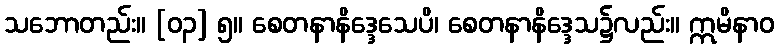
သဘောတည်း။ [၀၃] ၅။ စေတနာနိဒ္ဒေသေပိ၊ စေတနာနိဒ္ဒေသ၌လည်း။ ဣမိနာဝ